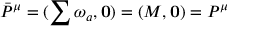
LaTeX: \bar { P } ^ { \mu } = ( \sum \omega _ { a } , { \bf 0 } ) = ( M , { \bf 0 } ) = P ^ { \mu }